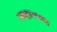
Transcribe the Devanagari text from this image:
सव्हानाच्या